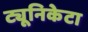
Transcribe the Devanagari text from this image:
ट्यूनिकेटा